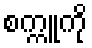
စက္ကူကို